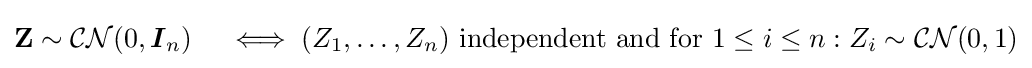
\mathbf {Z} \sim {\mathcal {CN}}(0,{\boldsymbol {I}}_{n})\quad \iff (Z_{1},\ldots ,Z_{n}){\text{ independent}}{\text{ and for }}1\leq i\leq n:Z_{i}\sim {\mathcal {CN}}(0,1)